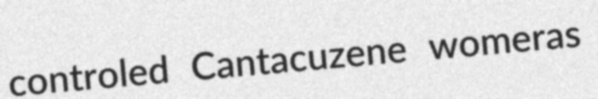
controled Cantacuzene womeras